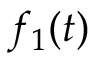
f _ { 1 } ( t )